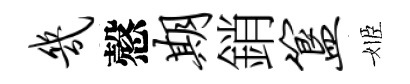
几慤期銷簋姬